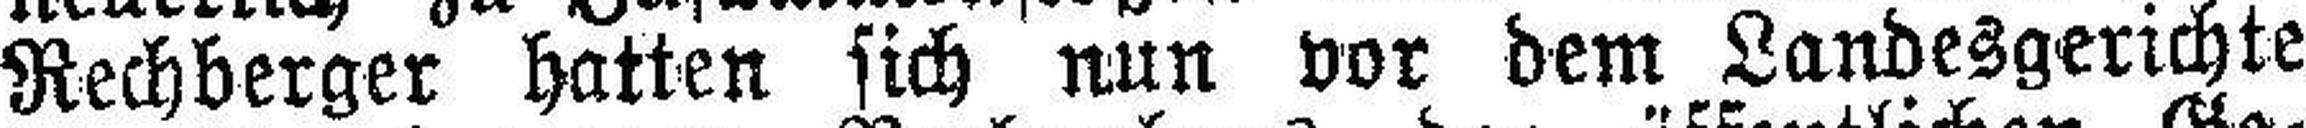
Rechberger hatten sich nun vor dem Landesgerichte